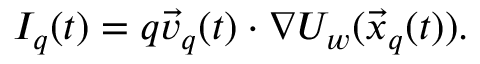
I _ { q } ( t ) = q \vec { v } _ { q } ( t ) \cdot \nabla U _ { w } ( \vec { x } _ { q } ( t ) ) .